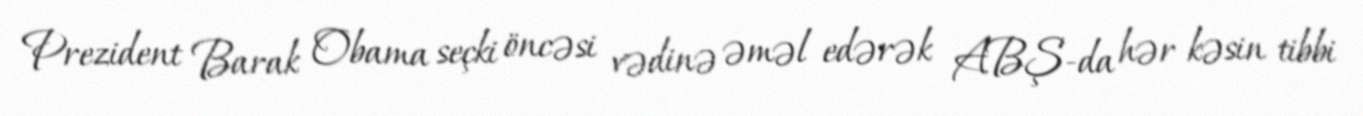
Prezident Barak Obama seçki öncəsi vədinə əməl edərək ABŞ-da hər kəsin tibbi